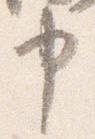
申